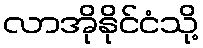
လာအိုနိုင်ငံသို့